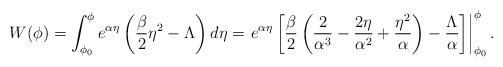
\begin{align*}W(\phi) = \int_{\phi_0}^{\phi} e^{\alpha\eta} \left( \frac{\beta}{2} \eta^2 - \Lambda \right) d\eta = \left. e^{\alpha\eta} \left[ \frac{\beta}{2} \left( \frac{2}{\alpha^3} - \frac{2\eta}{\alpha^2} + \frac{\eta^2}{\alpha} \right) - \frac{\Lambda}{\alpha} \right] \right|_{\phi_0}^{\phi}. \end{align*}